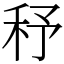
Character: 𥝱